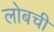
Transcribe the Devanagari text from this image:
लोबची